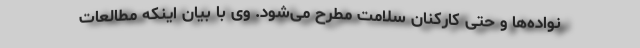
نواده‌ها و حتی کارکنان سلامت مطرح می‌شود. وی با بیان اینکه مطالعات